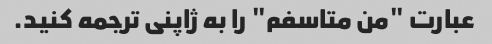
عبارت "من متاسفم" را به ژاپنی ترجمه کنید.